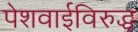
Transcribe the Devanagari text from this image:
पेशवाईविरुद्ध